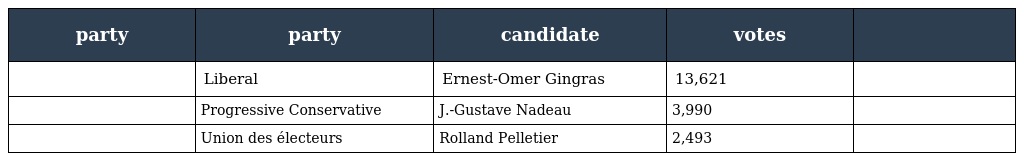
| party | party | candidate | votes |  |
 | --- | --- | --- | --- | --- |
 |  | Liberal | Ernest-Omer Gingras | 13,621 |  |
 |  | Progressive Conservative | J.-Gustave Nadeau | 3,990 |  |
 |  | Union des électeurs | Rolland Pelletier | 2,493 |  |